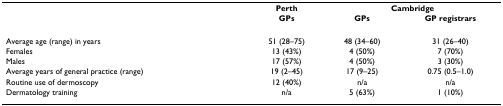
<table><thead><tr><td>[EMPTY_CELL]</td><td><b>Perth</b></td><td colspan="2"><b>Cambridge</b></td></tr><tr><td>[EMPTY_CELL]</td><td><b>GPs</b></td><td><b>GPs</b></td><td><b>GP registrars</b></td></tr></thead><tbody><tr><td>Average age (range) in years</td><td>51 (28–75)</td><td>48 (34–60)</td><td>31 (26–40)</td></tr><tr><td>Females</td><td>13 (43%)</td><td>4 (50%)</td><td>7 (70%)</td></tr><tr><td>Males</td><td>17 (57%)</td><td>4 (50%)</td><td>3 (30%)</td></tr><tr><td>Average years of general practice (range)</td><td>19 (2–45)</td><td>17 (9–25)</td><td>0.75 (0.5–1.0)</td></tr><tr><td>Routine use of dermoscopy</td><td>12 (40%)</td><td>n/a</td><td>n/a</td></tr><tr><td>Dermatology training</td><td>n/a</td><td>5 (63%)</td><td>1 (10%)</td></tr></tbody></table>